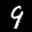
Label: 9